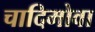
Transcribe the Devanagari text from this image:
चादिमोवा